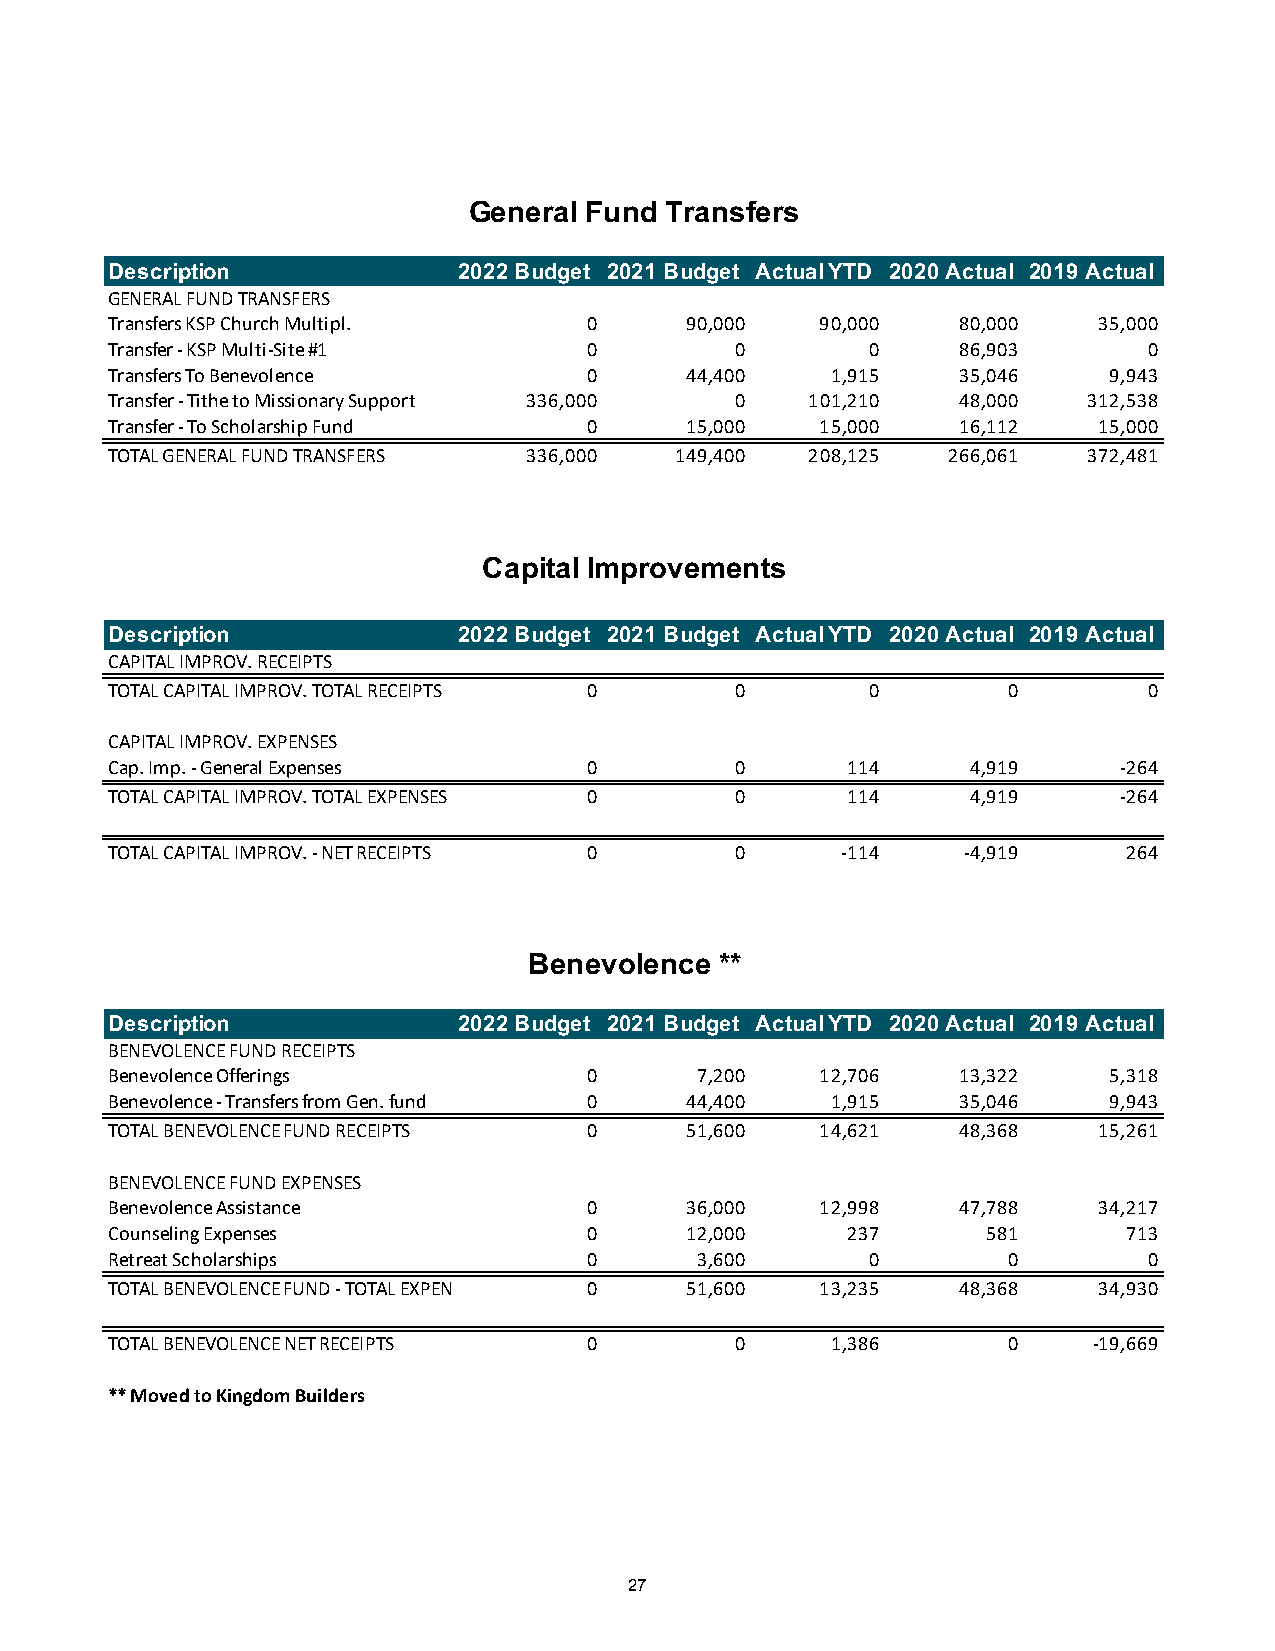
General Fund Transfers
 Description            2022 Budget 2021 Budget Actual YTD 2020 Actual 2019 Actual
 GENERAL FUND TRANSFERS
 Transfers KSP Church Multipl.   0     90,000   90,000   80,000    35,000
 Transfer - KSP Multi-Site #1    0         0        0    86,903       0
 Transfers To Benevolence        0     44,400    1,915   35,046    9,943
 Transfer - Tithe to Missionary Support 336,000 0 101,210 48,000  312,538
 Transfer - To Scholarship Fund  0     15,000   15,000   16,112    15,000
 TOTAL GENERAL FUND TRANSFERS 336,000  149,400  208,125  266,061  372,481
 Capital Improvements
 Description            2022 Budget 2021 Budget Actual YTD 2020 Actual 2019 Actual
 CAPITAL IMPROV. RECEIPTS
 TOTAL CAPITAL IMPROV. TOTAL RECEIPTS 0    0        0        0        0
 CAPITAL IMPROV. EXPENSES
 Cap. Imp. - General Expenses    0         0      114     4,919     -264
 TOTAL CAPITAL IMPROV. TOTAL EXPENSES 0    0      114     4,919     -264
 TOTAL CAPITAL IMPROV. - NET RECEIPTS 0    0      -114    -4,919     264
 Benevolence  **
 Description            2022 Budget 2021 Budget Actual YTD 2020 Actual 2019 Actual
 BENEVOLENCE FUND RECEIPTS
 Benevolence Offerings           0      7,200   12,706   13,322    5,318
 Benevolence - Transfers from Gen. fund 0 44,400 1,915   35,046    9,943
 TOTAL BENEVOLENCE FUND RECEIPTS 0     51,600   14,621   48,368    15,261
 BENEVOLENCE FUND EXPENSES
 Benevolence Assistance          0     36,000   12,998   47,788    34,217
 Counseling Expenses             0     12,000     237      581       713
 Retreat Scholarships            0      3,600       0        0        0
 TOTAL BENEVOLENCE FUND - TOTAL EXPENSES 0 51,600 13,235 48,368    34,930
 TOTAL BENEVOLENCE NET RECEIPTS  0         0     1,386       0    -19,669
 ** Moved to Kingdom Builders
 27